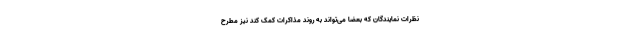
نظرات نمایندگان که بعضا می‌تواند به روند مذاکرات کمک کند نیز مطرح